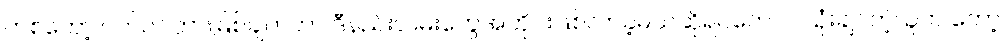
တစ်တော့ ပိတ်ပင်တားမြစ်ချက်ဟာ ဒီနည်းလမ်းတွေအတိုင်းဖြစ်လာခဲ့မယ်ဆိုရင်တောင် သုံးချင်တဲ့သူက တော့